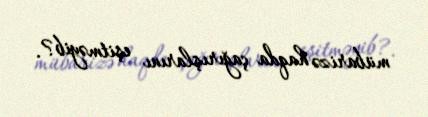
mübarizə haqda çağırışlarını eşitməyib?.